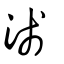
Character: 淺